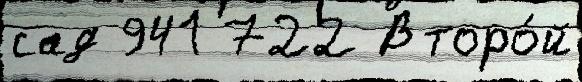
сад 941 722 Второ́й